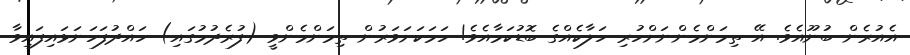
އެއުރެން ބުނޫއެވެ. އޭ ތިމަންމެންނަށްހުރި ހަލާކެއްގެ ބޮޑުކަމާއެވެ! ހަމަކަށަވަރުން ތިމަންމެންވީ (ފުރެދުމުގައި) ހައްދުފަހަނަޅައިފައިވާ